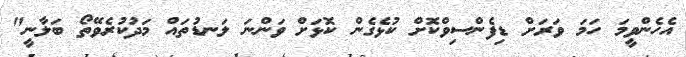
އެހެންވީމަ ހަމަ ވަރަށް ޑިފެންސިވްކޮށް ކުޅެގެން ކޮޅަށް ވަންނަ ލަނޑުތައް މަދުކުރެވޭތޯ ބަލާނީ"